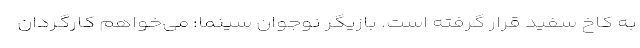
به کاخ سفید قرار گرفته است. بازیگر نوجوان سینما: می‌خواهم کارگردان